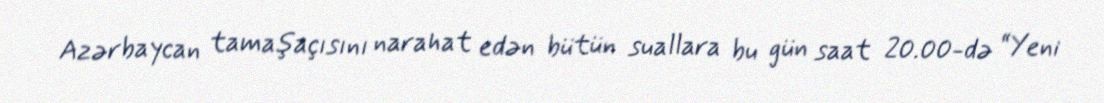
Azərbaycan tamaşaçısını narahat edən bütün suallara bu gün saat 20.00-də “Yeni